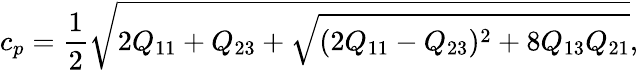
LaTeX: c_{p}=\frac{1}{2}\sqrt{2Q_{11}+Q_{23}+\sqrt{(2Q_{11}-Q_{23})^{2}+8Q_{13}Q_{21}}},